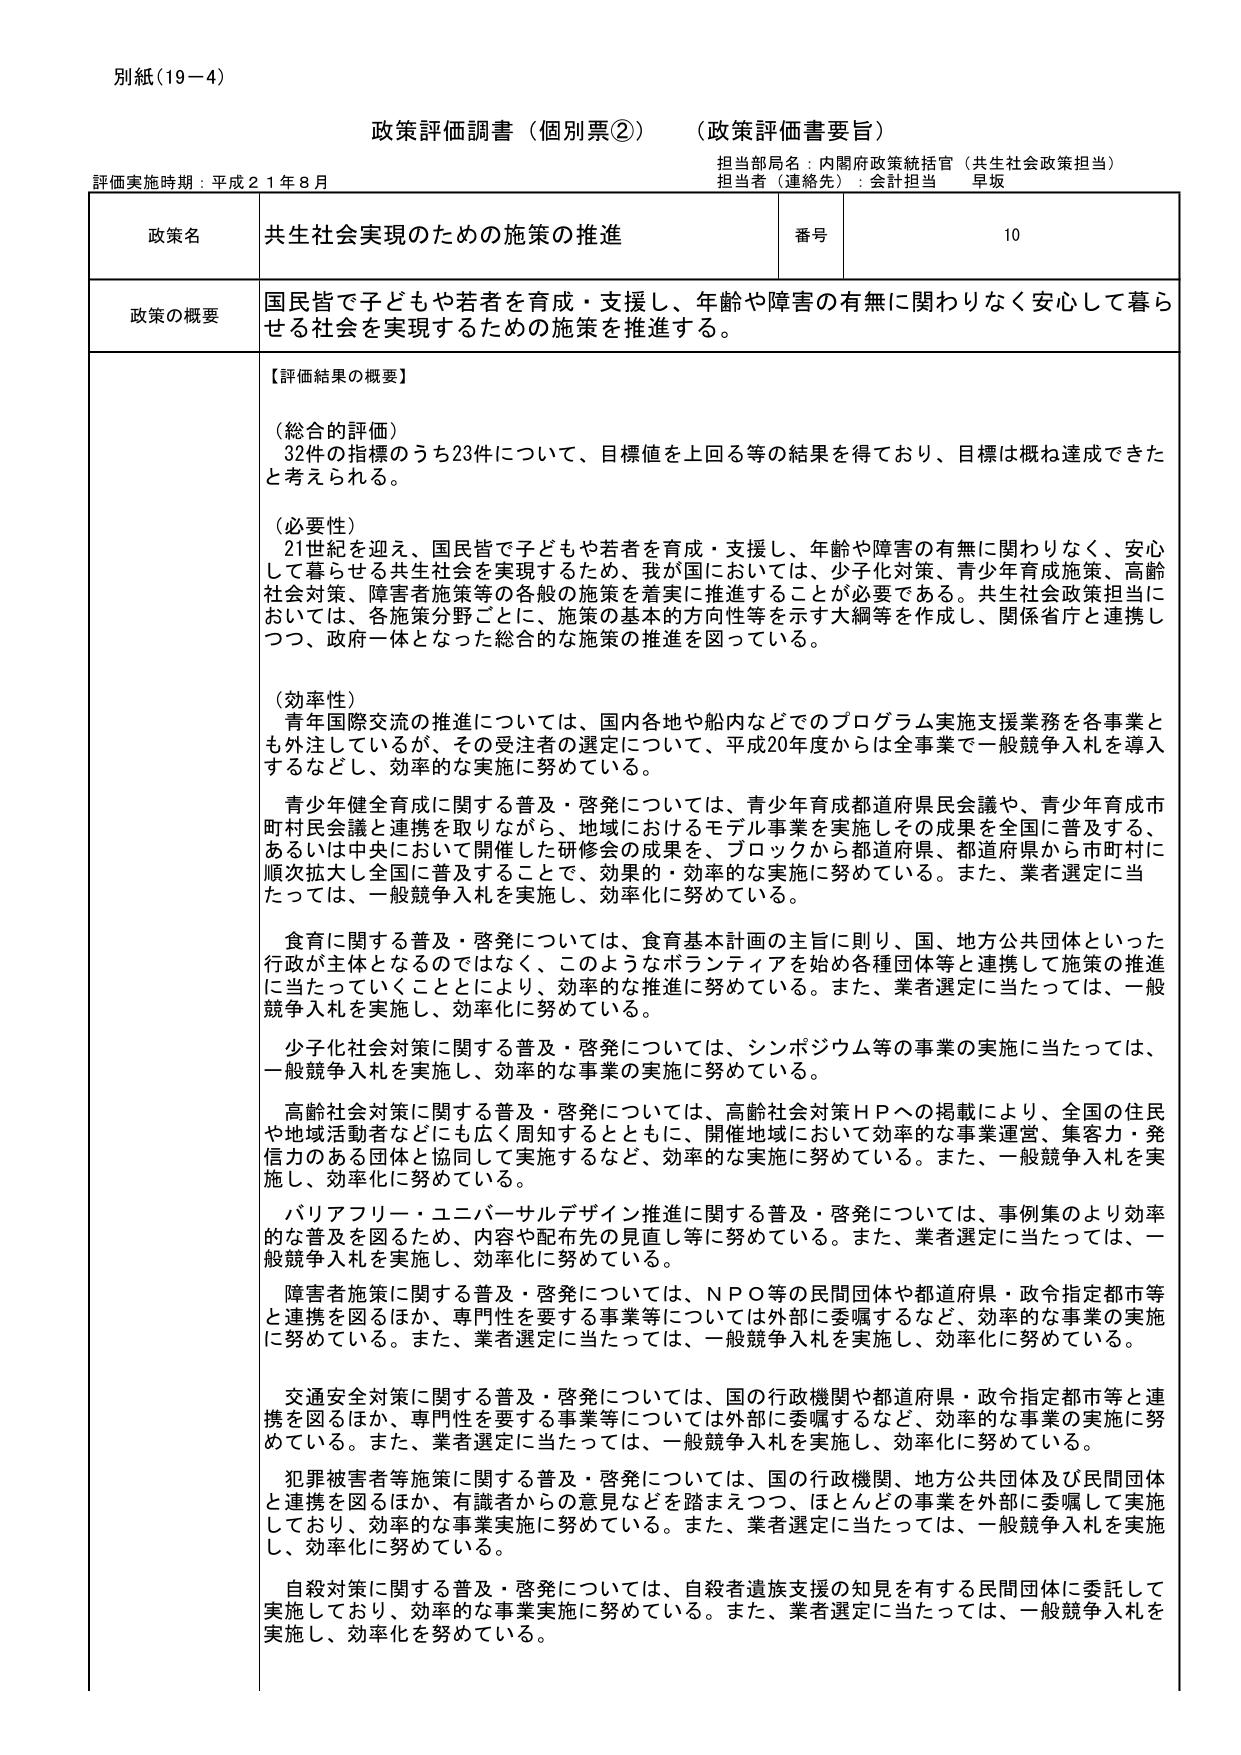
別紙（19－4）

政策評価調書（個別票②）　（政策評価書要旨）

評価実施時期：平成21年8月

担当部局名：内閣府政策統括官（共生社会政策担当）
担当者（連絡先）：会計担当　早坂

政策名　　共生社会実現のための施策の推進